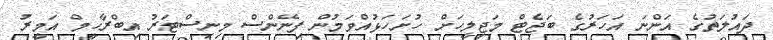
ދައުލަތުގެ އަންނަ އަހަރުގެ ބަޖެޓް މަޖިލީހަށް ހުށަހަޅުއްވަމުން ފިނޭންސް މިނިސްޓަރު އިބްރާހީމް އަމީރު